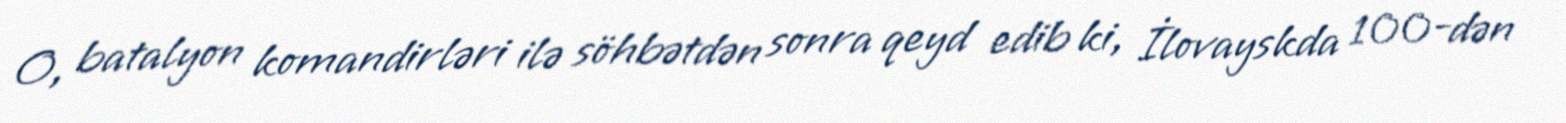
O, batalyon komandirləri ilə söhbətdən sonra qeyd edib ki, İlovayskda 100-dən